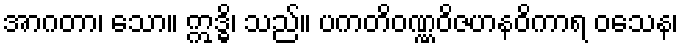
အာဂတာ၊ သော။ ဣဒ္ဓိ၊ သည်။ ပကတိဝဏ္ဏဝိဇဟနဝိကာရ ဝသေန၊